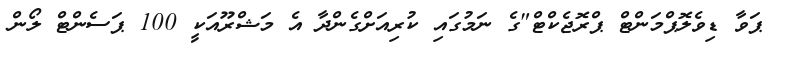
ޕަވާ ޑިވެލޮޕްމަންޓް ޕްރޮޖެކްޓް"ގެ ނަމުގައި ކުރިއަށްގެންދާ އެ މަޝްރޫއަކީ 100 ޕަސެންޓް ލޯން